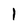
Character: l